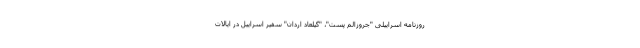
روزنامه اسراییلی "جروزالم پست"، "گیلعاد اردان" سفیر اسراییل در ایالات